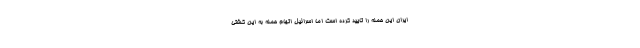
ایران این حمله را تایید کرده است اما اسرائیل اتهام حمله به این کشتی